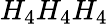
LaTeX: H_{4}H_{4}H_{4}